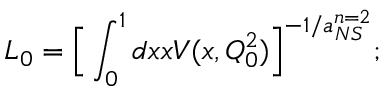
L _ { 0 } = { \Bigl [ } \int _ { 0 } ^ { 1 } d x x V ( x , Q _ { 0 } ^ { 2 } ) { \Bigl ] } ^ { - 1 / a _ { N S } ^ { n = 2 } } ;